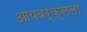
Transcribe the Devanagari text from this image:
आयवर्क्सला